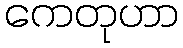
ကေတုဟာ